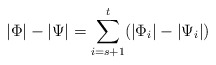
\begin{align*}|\Phi|-|\Psi|=\sum_{i=s+1}^t (|\Phi_i |- |\Psi_i|)\end{align*}